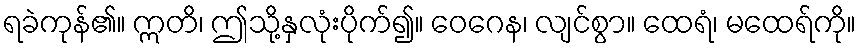
ရခဲကုန်၏။ ဣတိ၊ ဤသို့နှလုံးပိုက်၍။ ဝေဂေန၊ လျင်စွာ။ ထေရံ၊ မထေရ်ကို။